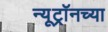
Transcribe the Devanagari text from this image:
न्यूट्रॉनच्या